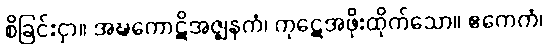
စိခြင်းငှာ။ အဍ္ဎကောဋိအဇ္ဈနကံ၊ ကုဋေအဖိုးထိုက်သော။ ဧကေကံ၊